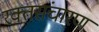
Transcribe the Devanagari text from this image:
रक्तसंचारण